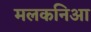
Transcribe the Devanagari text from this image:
मलकनिआ